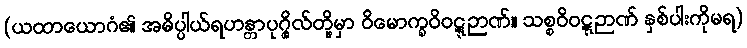
(ယထာယောဂံ၏ အဓိပ္ပါယ်ရဟန္တာပုဂ္ဂိုလ်တို့မှာ ဝိမောက္ခဝိဝဋ္ဋဉာဏ်။ သစ္စဝိဝဋ္ဋဉာဏ် နှစ်ပါးကိုမရ)